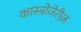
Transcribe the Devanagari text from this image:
कास्त्रोजेरीज़